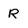
Character: R